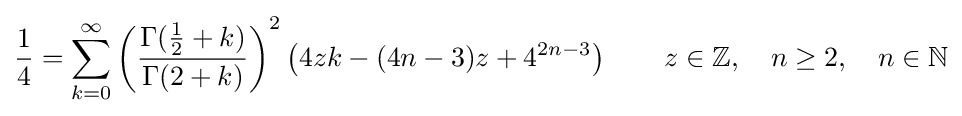
{\frac {1}{4}}=\sum _{k=0}^{\infty }{\left({\frac {\Gamma ({\frac {1}{2}}+k)}{\Gamma (2+k)}}\right)}^{2}\left(4zk-(4n-3)z+4^{2n-3}\right)\qquad z\in \mathbb {Z} ,\quad n\geq 2,\quad n\in \mathbb {N}